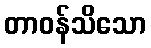
တာဝန်သိသော